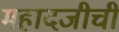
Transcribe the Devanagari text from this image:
महादजीची